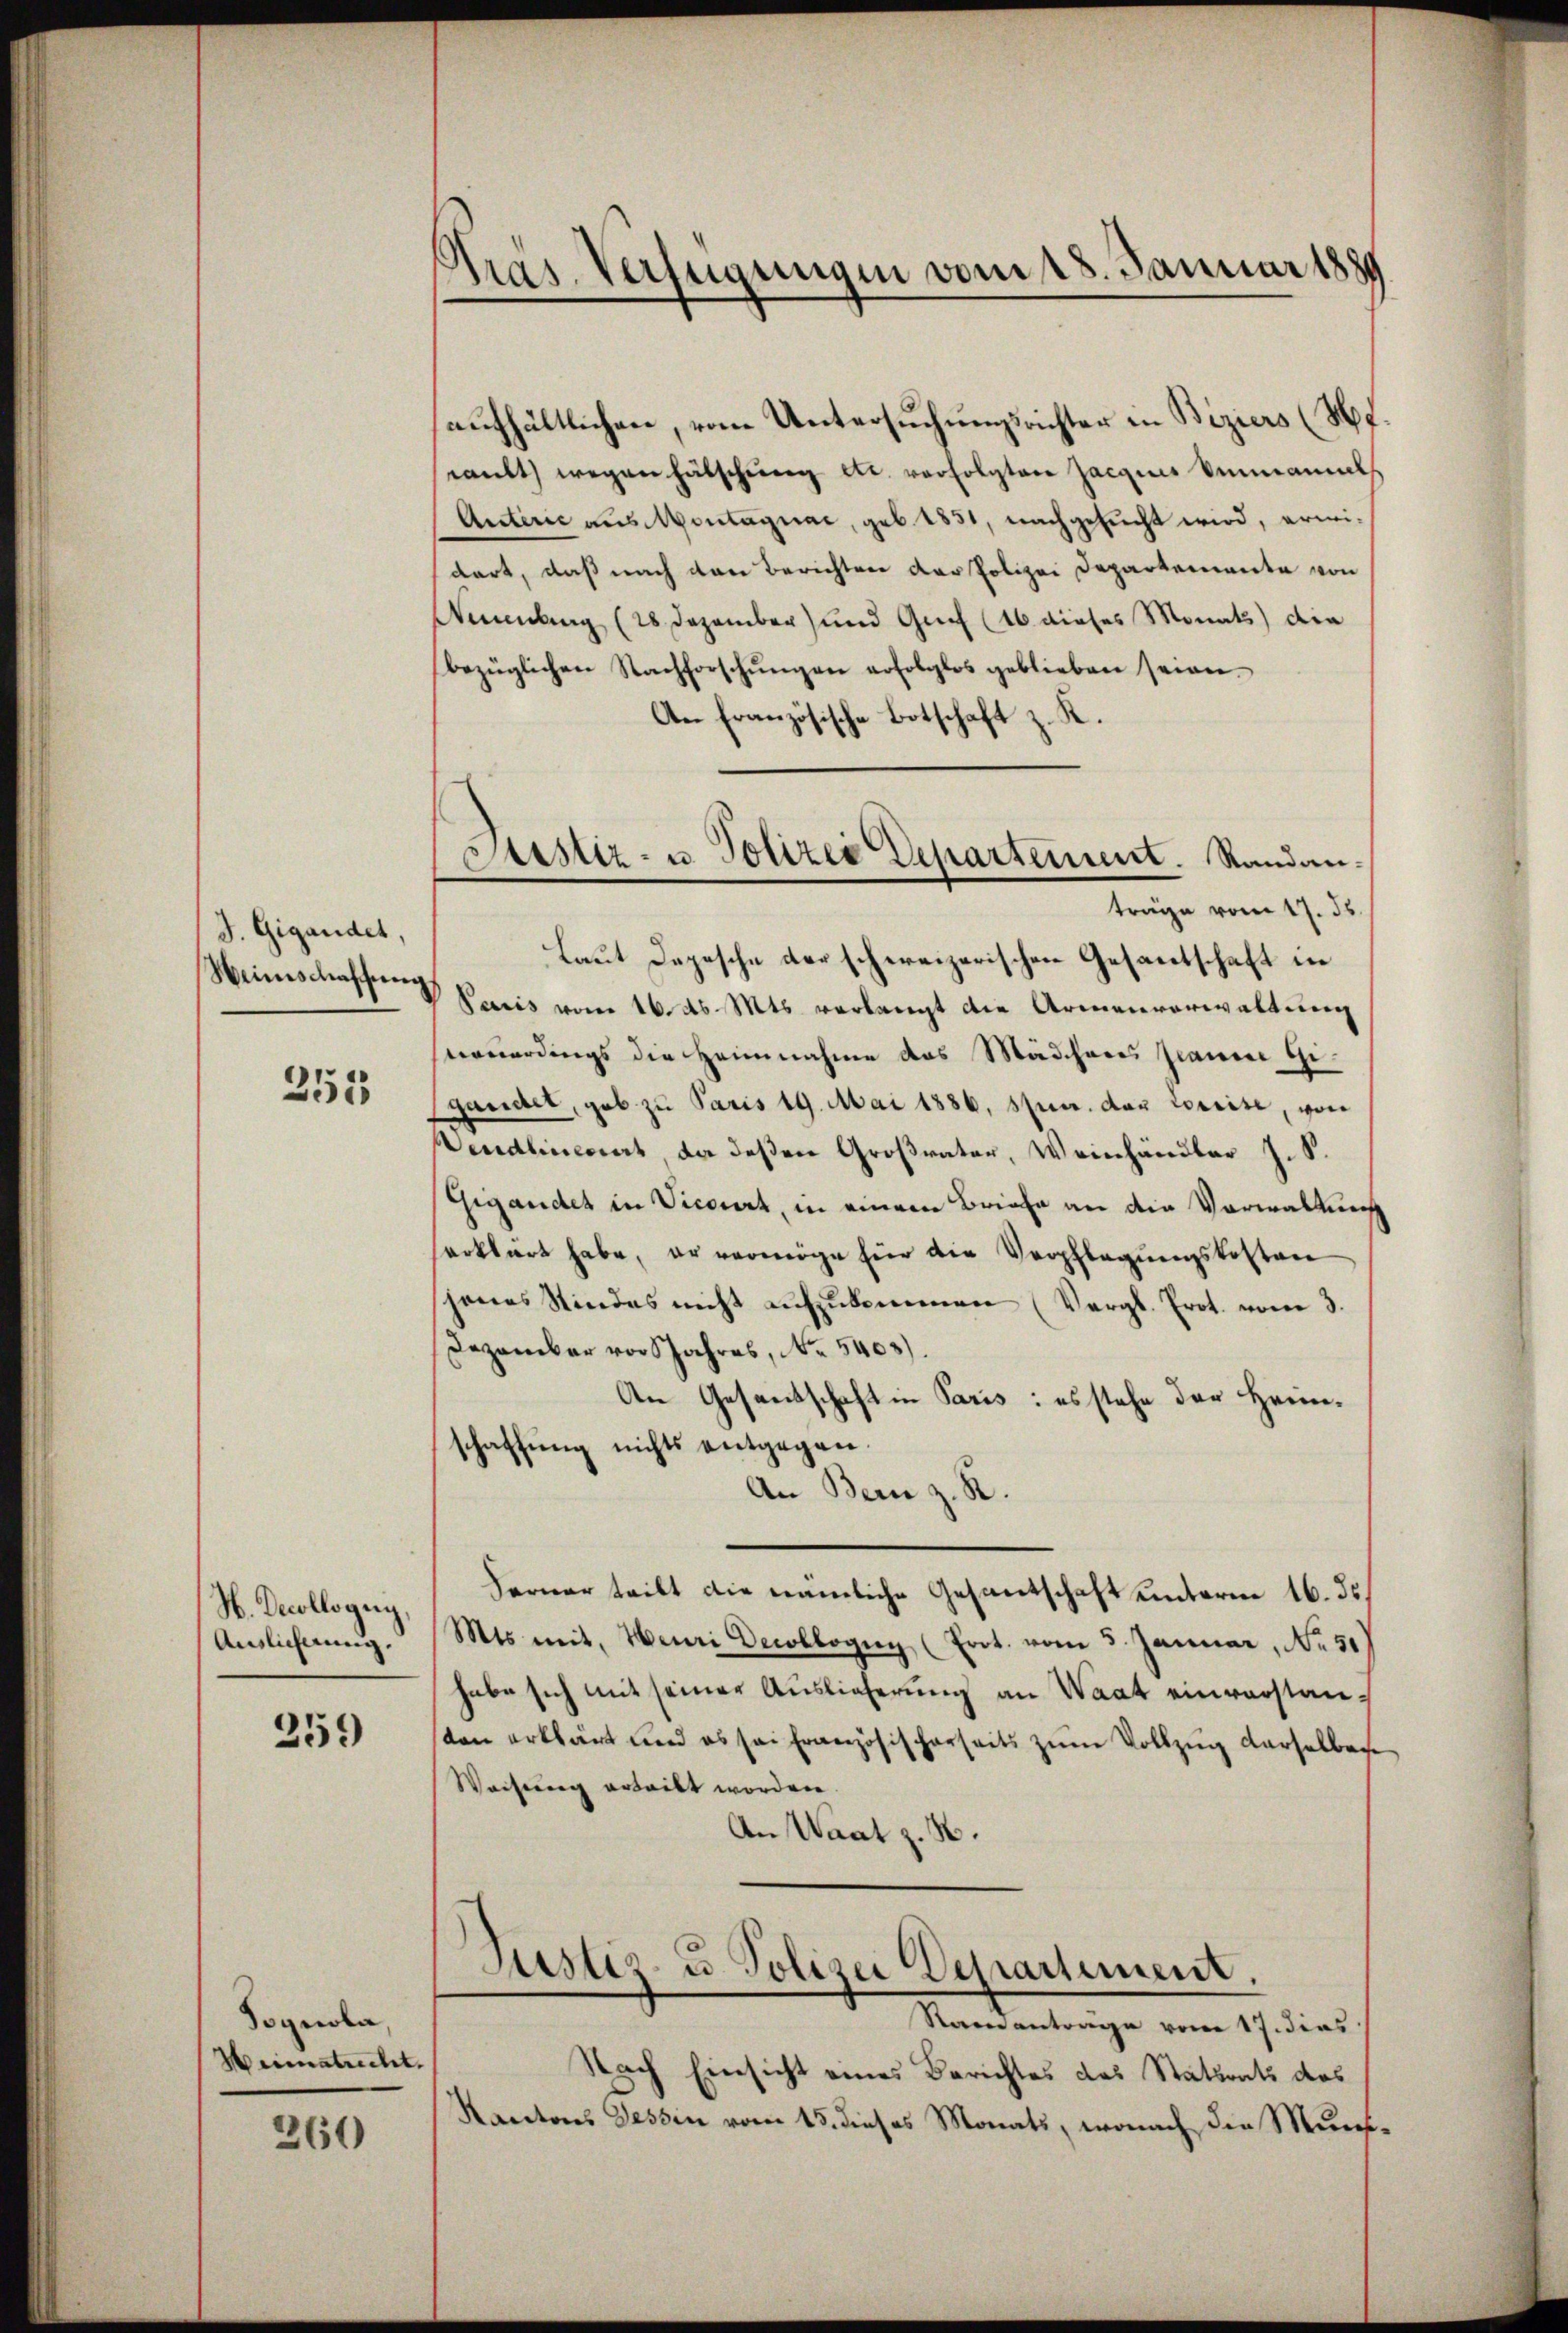
J. Gigandet,
Weinschaffŭng

255

N. Decollogug,
Auslicherung.

259

Sognola
Weimatrecht.

260

s
pras. Verfügungen vom 18. Januar 1889

aufhältlichen, vom Untersuchungsrichter in Biziers (S.
wailt wegen hätschung etc. verfolgten Jacquis vermannels
Auterić aus Montagnac, geb. 1831, nachgesucht wird, erwidart, daß nach den Berichten der Polizei Departemente von
Wenlung (28 Dezember) und Genf (16. dieses Monats) die
bezüglichen Nachforschŭngen erfolglos geblieben seien.
An französische Botschaft z. K.
Laut Depesche der schereizerischen Gesantschaft in
V Paris vom 16. ds. Mts. verlangt die Armenverwaltung
ruerdings die Heimnahme das Mädcheres Frauere Gegander, gob zu Paris 19. Mai 1886, stun. das Corrise, von
Vendliniert da deßen Großvater, Weinhändler J. S.
Gigandet in Vicart, in einem Briefe an die Vorwaltung
erklärt habe, er vermöge für die Verpflegŭngskosten
jenes Stindes nicht aŭfzŭkommen (Vergl. Prot. vom 3.
Dezember vor Jahres, No. 5403).
An Gesandschaft in Paris: es stehe der Heinschaffung nichts entgegen.
An Bern z. R.
Ferner teilt die nämliche Gesantschaft unterm 16. ds.
Mts. mit, Henri Decollogug (Erot. vom 5. Januar, No. 51)
habe sich mit seiner Auslieferung an Waat einvorstanten erklärt und es sei französischerseits zŭm Vollzug derselbache
Wechnung erleibt worden.
An Waat z. B.
Justiz u. Polizei Departement.
Ramantrage vom 17. dies
Nach Einsicht eines Berichtes das Statsrats das
Kantons Tessin vom 15. dieses Monats, wonach die Muns¬

Justiz- u. Polizei Departement. Randanträge vom 17. ds.